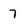
Character: 7